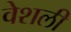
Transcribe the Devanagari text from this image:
वेशली